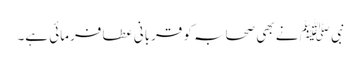
نبی ﷺ نے بھی صحابہ کو قربانی عطا فرمائی ہے۔